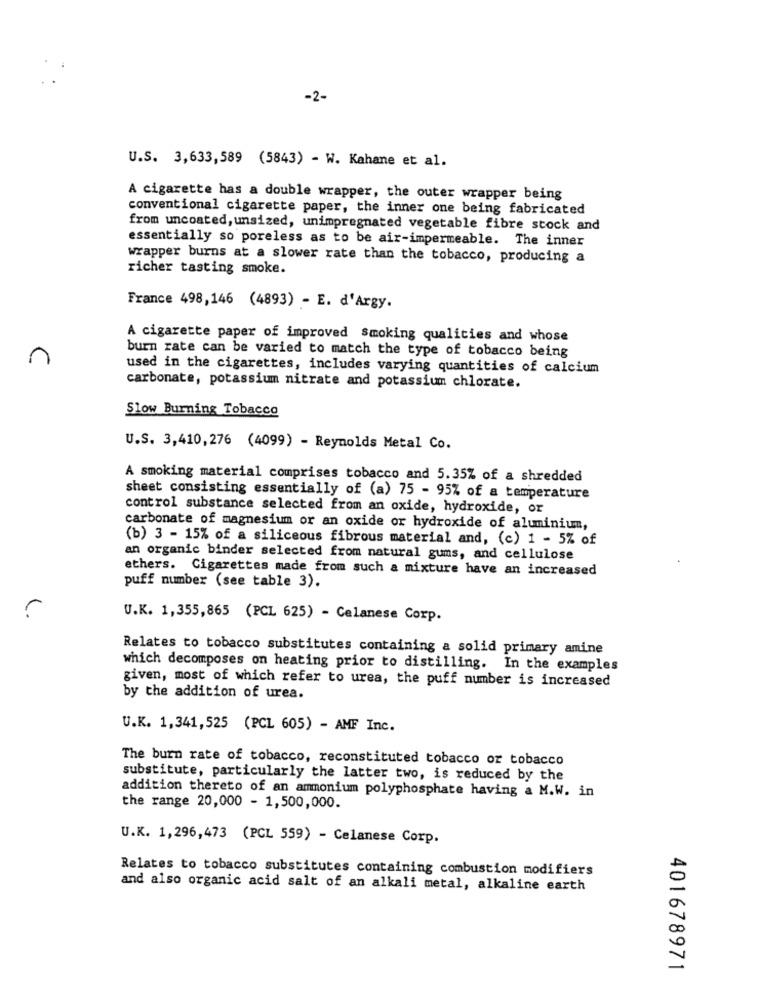
-2-
U.S. 3,633,589 (5843) - W. Kahane et al.
A cigarette has a double wrapper, the outer wrapper being
conventional cigarette paper, the inner one being fabricated
from uncoated, unsized, unimpregnated vegetable fibre stock and
essentially so poreless as to be air-impermeable. The inner
wrapper burns at a slower rate than the tobacco, producing a
richer tasting smoke.
France 498,146 (4893) - E. d'Argy.
A cigarette paper of improved Smoking qualities and whose
burn rate can be varied to match the type of tobacco being
used in the cigarettes, includes varying quantities of calcium
carbonate, potassium nitrate and potassium chlorate.
Slow Burning Tobacco
U.S. 3,410,276 (4099) - Reynolds Metal Co.
A smoking material comprises tobacco and 5.35% of a shredded
sheet consisting essentially of (a) 75 - 95% of a temperature
control substance selected from an oxide, hydroxide, or
carbonate of magnesium or an oxide or hydroxide of aluminium,
(b) 3 - 15% of a siliceous fibrous material and, (c) 1 - 5% of
an organic binder selected from natural gums, and cellulose
ethers. Cigarettes made from such a mixture have an increased
puff number (see table 3).
U.K. 1,355,865 (PCL 625) - Celanese Corp.
Relates to tobacco substitutes containing a solid primary amine
which decomposes on heating prior to distilling. In the examples
given, most of which refer to urea, the puff number is increased
by the addition of urea.
U.K. 1,341,525 (PCL 605) - AMF Inc.
The burn rate of tobacco, reconstituted tobacco or tobacco
substitute, particularly the latter two, is reduced by the
addition thereto of an ammonium polyphosphate having a M.W. in
the range 20,000 - 1,500,000.
U.K. 1,296,473 (PCL 559) - Celanese Corp.
Relates to tobacco substitutes containing combustion modifiers
and also organic acid salt of an alkali metal, alkaline earth
401678971